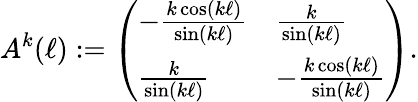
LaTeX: A^{k}(\ell):=\left(\begin{array}{ll}{-\frac{k\cos(k\ell)}{\sin(k\ell)}}&{\frac{k}{\sin(k\ell)}}\\ {\frac{k}{\sin(k\ell)}}&{-\frac{k\cos(k\ell)}{\sin(k\ell)}}\end{array}\right).